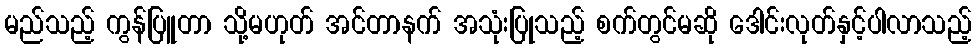
မည်သည့် ကွန်ပြူတာ သို့မဟုတ် အင်တာနက် အသုံးပြုသည့် စက်တွင်မဆို ဒေါင်းလုတ်နှင့်ပါလာသည့်